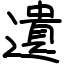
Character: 遺